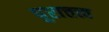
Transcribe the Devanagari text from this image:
पुरात्तत्त्व